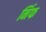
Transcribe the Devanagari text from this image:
र्निफ